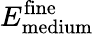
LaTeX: E_{\mathrm{medium}}^{\mathrm{fine}}